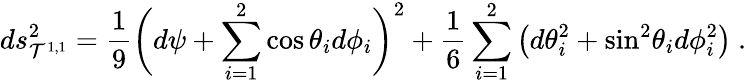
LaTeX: ds_{\mathcal{T}^{1,1}}^{2}={\frac{{1}}{{9}}}\bigg(d\psi+\sum_{i=1}^{2}\cos\theta_{i}d\phi_{i}\bigg)^{2}+{\frac{{1}}{{6}}}\sum_{i=1}^{2}\left(d\theta_{i}^{2}+\mathrm{{sin}}^{2}\theta_{i}d\phi_{i}^{2}\right)\ .